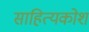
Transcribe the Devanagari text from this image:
साहित्यकोश